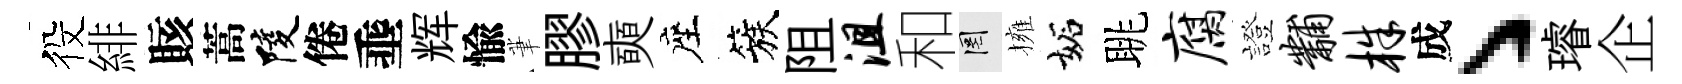
役緋賅蒿陵倦埀辉愉茟膠奭座簇阻沮和罔擁妬眺腐證黼株成丶璿企